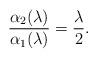
LaTeX: \begin{align*}\frac{\alpha_2 (\lambda)}{\alpha_1 (\lambda)} = \frac{\lambda}{2} .\end{align*}